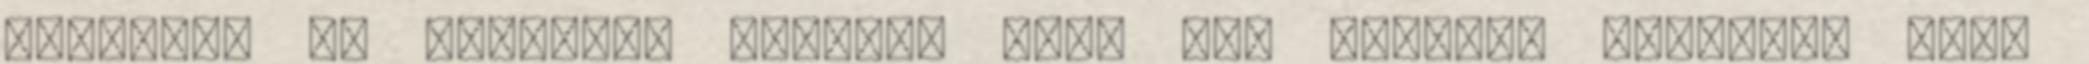
akarjuk, ne jöjjenek többen. Akik itt vannak, menjenek haza